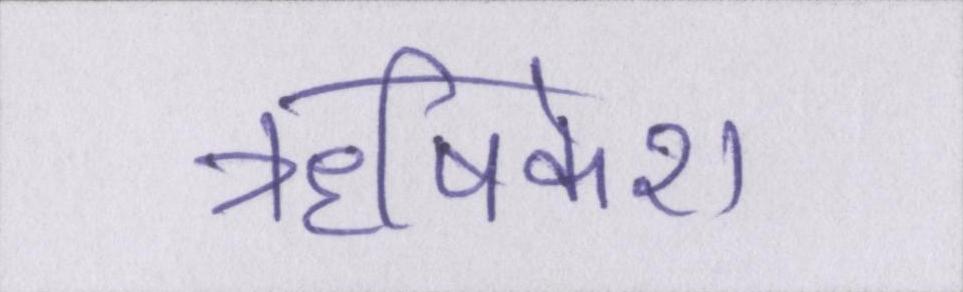
ॠषिकेश